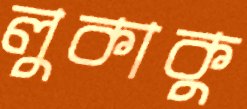
লুকাকু